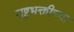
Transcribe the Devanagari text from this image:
राष्ट्रभक्तीच्या